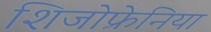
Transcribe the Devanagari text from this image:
शिजोफ्रेनिया